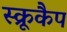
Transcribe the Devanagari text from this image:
स्क्रूकैप